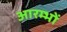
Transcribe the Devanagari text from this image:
आरम्भों